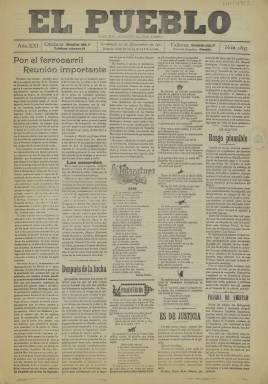
Título: El Pueblo (Granada)
Colección: Periódicos
Ámbito geográfico: Granada
Lugar de publicación: Granada
Fechas: 15/11/1911-15/11/1911